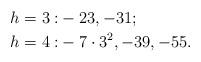
LaTeX: \begin{align*}h=3:&-23, -31; \\h=4:&-7\cdot3^2, -39,-55.\end{align*}